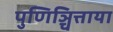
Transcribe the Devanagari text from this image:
पुणिञ्चित्ताया